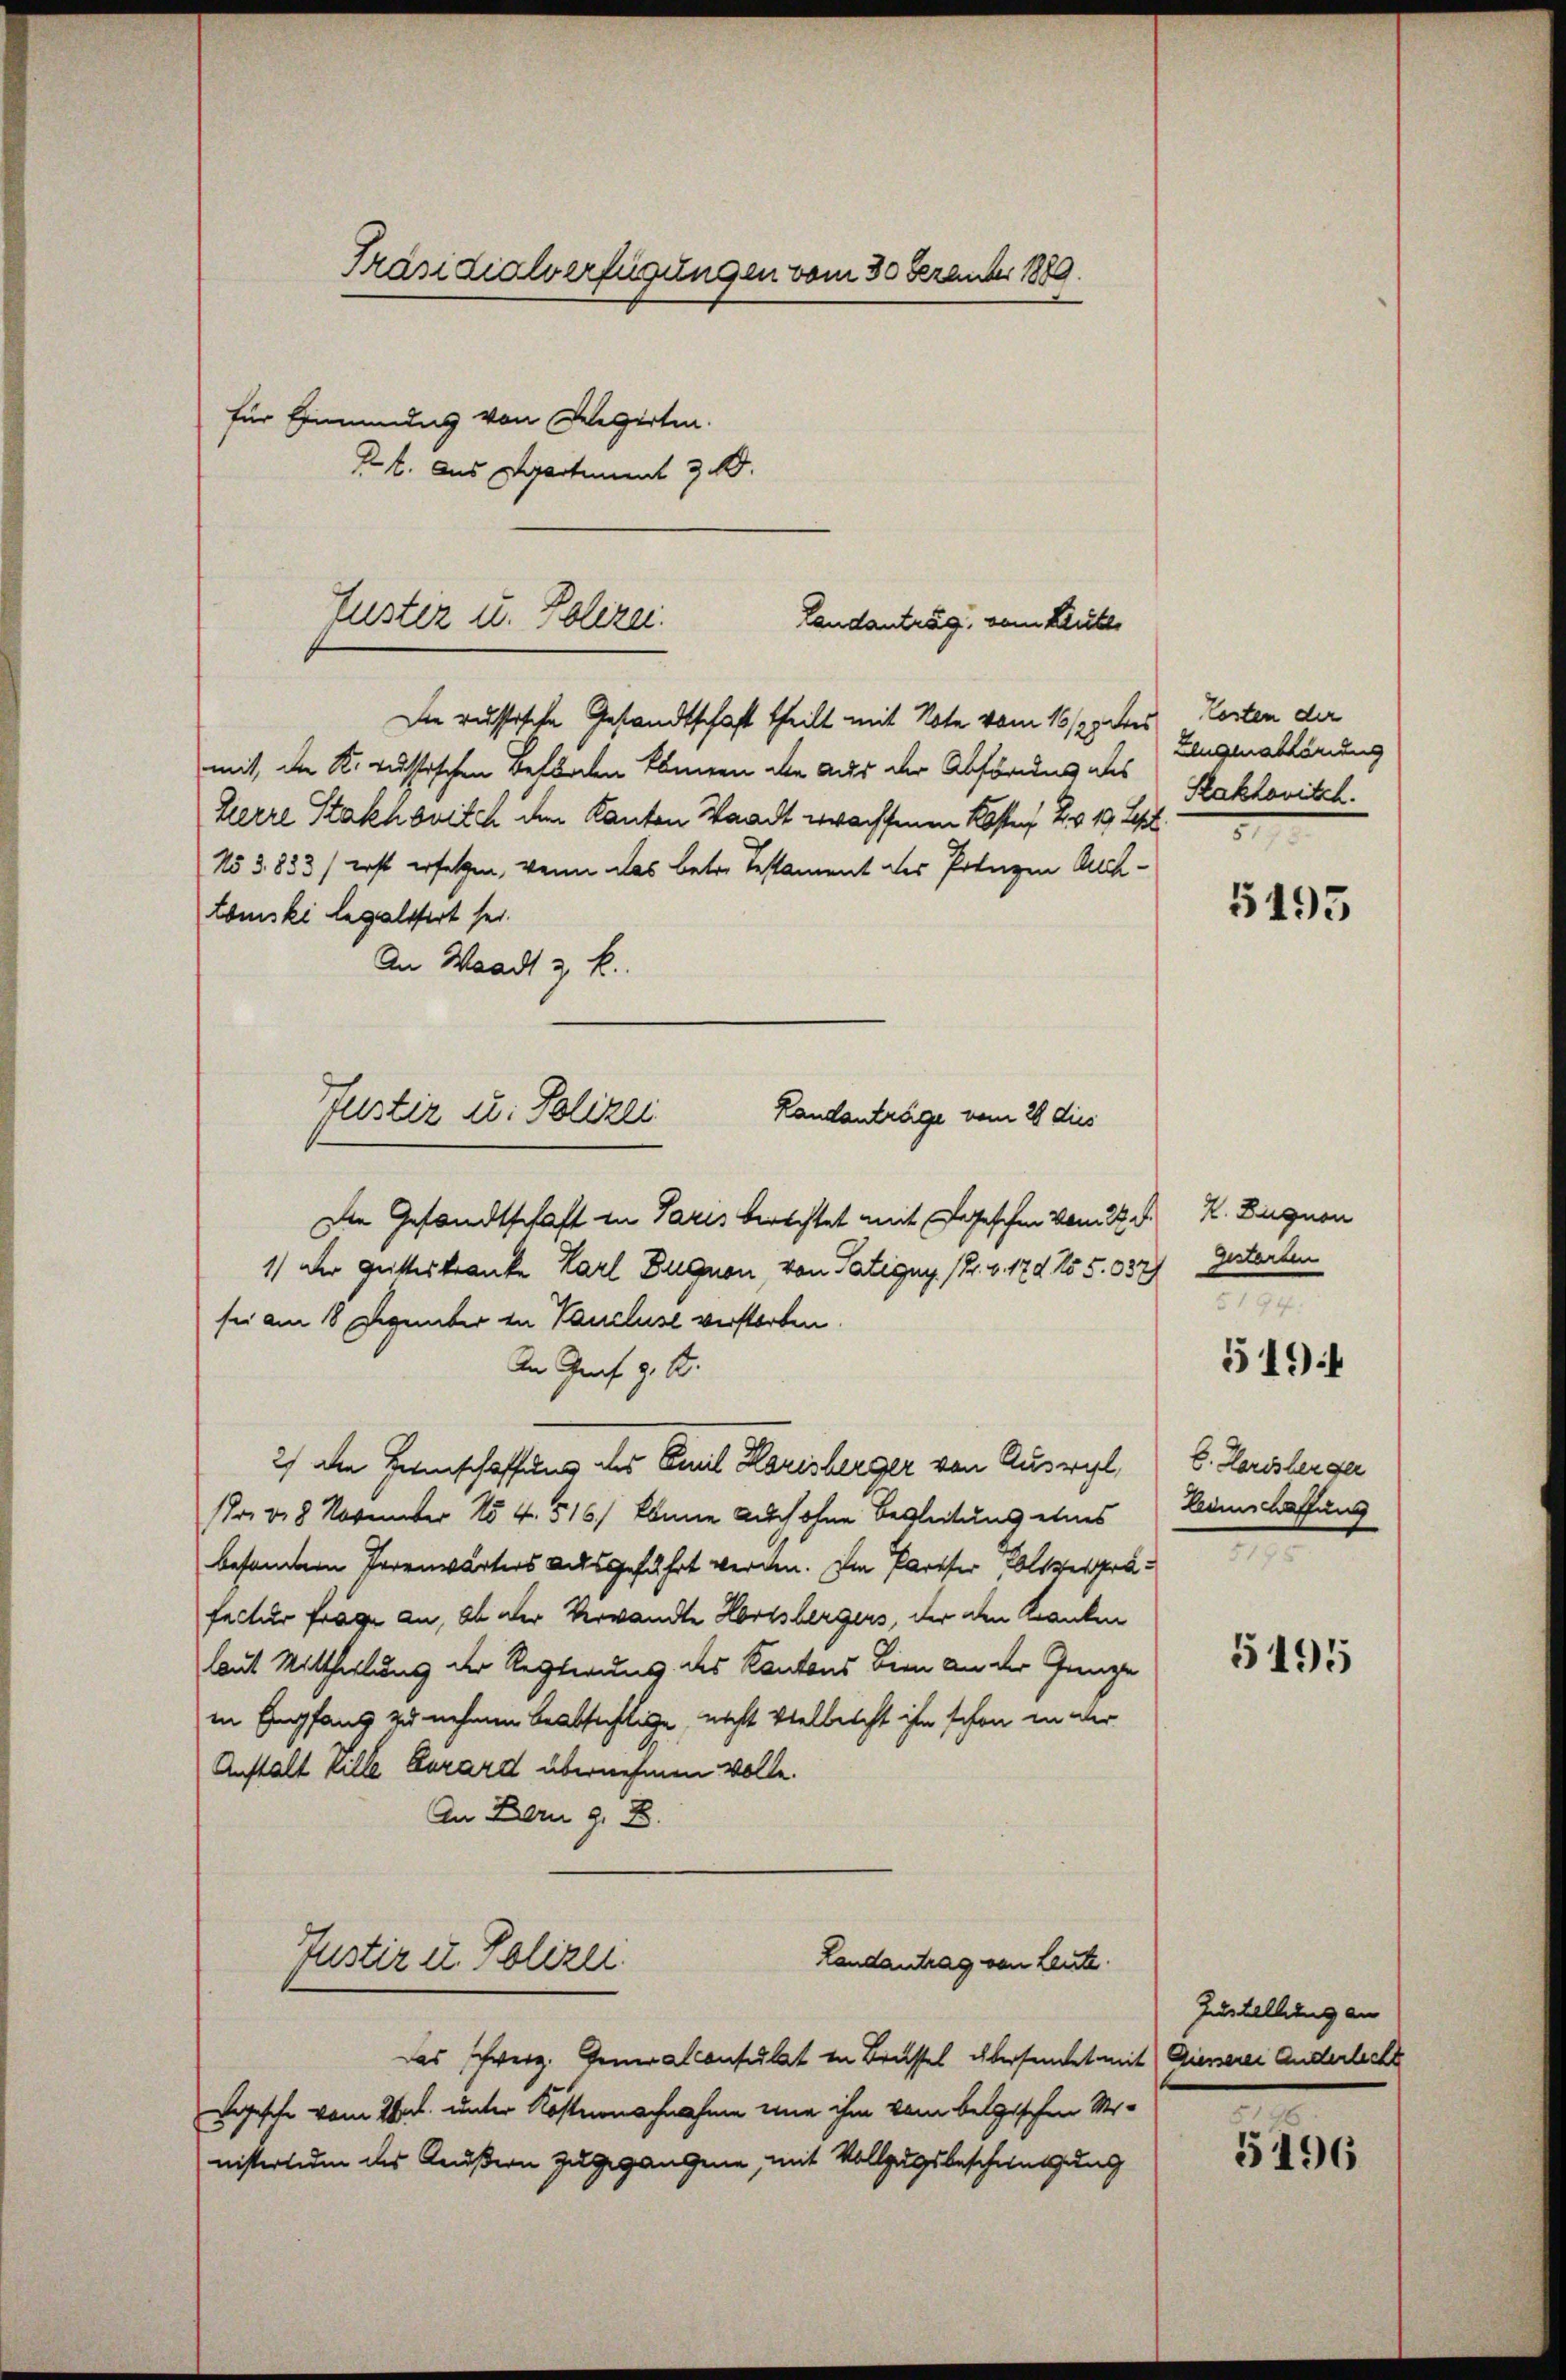
Präsidialverfügungen vom 30 Dezember 1889.
für Eimmung von Regierten.
Kl. aus Departement z. B.

Justiz u. Polizei.
Landantrag, vom Leute
Die russische Gesandtschaft theilt mit Note vom 16/2 des Kosten der

mit der K. russischen Beförden Ebenen die aus der Abfördus des
Herre Stakhonisch dem Kanton Waadt wachsenen Kosten 23. 13. 21.
No 3833) erst ersetzen, wenn das betr. Testament des Potizen Achtomski legaltfert sei.
An Waadt & k
Die Gesandtschaft in Paris berechtet mit geschen vom 22. d.
1) Der Gritteskranke Carl Bugnen, von Tatigny. 18. v. 179 No 5. 632)
sei am 18 Dezember in Vancluse verstorben.
An Graf z. B.
2) die Heimschaffung des Emil Karisberger von Auswil, C. Herisberger
1fr. 318 November No 4. 516/ könne auch ohne Begleitung etwas Weinschaffung
besamtern Torenwärters ausgeführt werden. Im Pariser Olivergräfectur fräge an, ob der Verwandte Horssbergers, der den Kranken
laut Mittheilung der Regierung des Kantons bien an der Ganze
in Empfang zu nehmen beabsichtige, nicht vielleicht ihn schon in der
Anstalt Ville Eurard übernehmen volle.
An Bern z. B.
Justiz u. Polizei
Landantrag von Leute.
Das schweiz. Generalconsulat in Brüssel übersendet mit Giesserer Anderlicht
Logische vom That. unter Kosternachnahme eine ihm kam belgischen Urnistertum des Kaußern zugegangene, mit Vollzugsbescheinigung

Justiz u. Polizei
Landanträge vom 26 dies

Zeugenablärung
Kakhonisch.

5495

K. Zugnon
gesterten
e

5194

5195

Zustellung an

5196